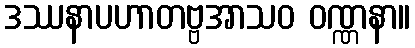
ဒဿနာပဟာတဗ္ဗအာသဝ ဝဏ္ဏနာ။